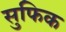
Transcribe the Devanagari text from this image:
सुफिक